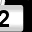
Digit: 2